Annual report of the Punjab Veterinary College and of the Civil Veterinary Department, Punjab - 1926-1932
Year: 1926
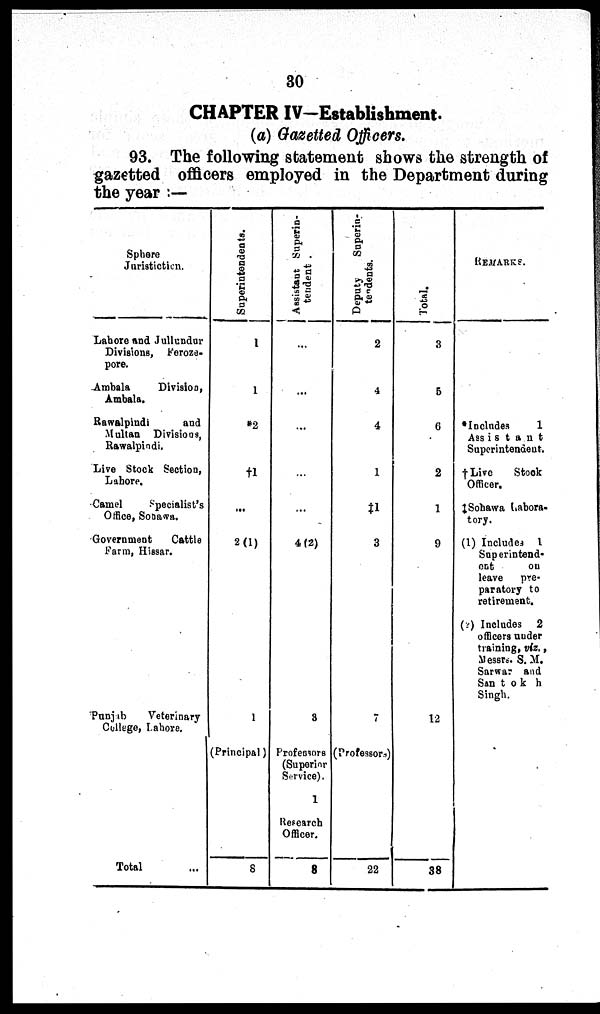
30
CHAPTER IV—Establishment.
(a) Gazetted Officers.
93. The following statement shows the strength of
gazetted officers employed in the Department during
the year :—
Sphere
Juristictien.
Lahore and Jullundur
Divisions, Feroze-
pore.
Ambala
Division,
Ambala.
Rawalpindi
and
Multan Divisions,
Rawalpindi.
Live Stock Section,
Lahore.
Camel
Specialist's
Office, Sonawa.
Government
Cattle
Farm, Hissar.
Punjab
Veterinary
College, Lahore.
Total …
Superintendents.
1
1
*2
†1
...
2(1)
1
(Principal)
8
Assistant Superin-
tendent .
…
…
…
…
…
4(2)
3
Professors
(Superior
Service).
1
Research
Officer.
8
Deputy
Superin-
tendents.
2
4
4
1
‡1
3
7
(Professors)
22
Total.
3
5
6
2
1
9
12
38
REMARKS.
Includes
1
Assistant
Superintendent.
†Live
Stock
Officer.
‡Sohawa Labora-
tory.
(1) Includes 1
Superintend-
ent
on
leave
pre-
paratory to
retirement.
(2) Includes 2
officers under
training, viz.,
Messrs. S. M.
Sarwar and
San t o k h
Singh.